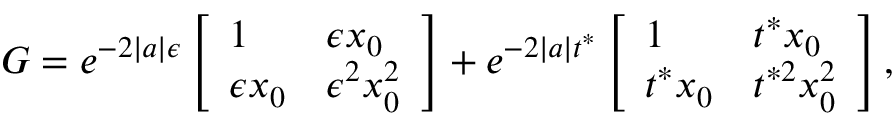
G = e ^ { - 2 | a | \epsilon } \left[ \begin{array} { l l } { 1 } & { \epsilon x _ { 0 } } \\ { \epsilon x _ { 0 } } & { \epsilon ^ { 2 } x _ { 0 } ^ { 2 } } \end{array} \right] + e ^ { - 2 | a | t ^ { * } } \left[ \begin{array} { l l } { 1 } & { t ^ { * } x _ { 0 } } \\ { t ^ { * } x _ { 0 } } & { t ^ { * 2 } x _ { 0 } ^ { 2 } } \end{array} \right] ,